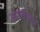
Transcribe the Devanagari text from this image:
डाइलेक्ट्स